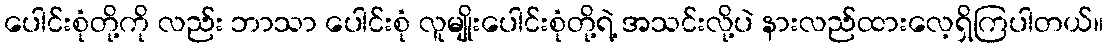
ပေါင်းစုံတို့ကို လည်း ဘာသာ ပေါင်းစုံ လူမျိုးပေါင်းစုံတို့ရဲ့ အသင်းလို့ပဲ နားလည်ထားလေ့ရှိကြပါတယ်။